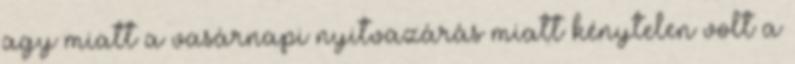
agy miatt a vasárnapi nyitvazárás miatt kénytelen volt a